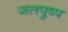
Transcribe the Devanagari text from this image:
जलपुष्प